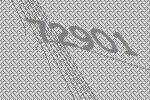
72901